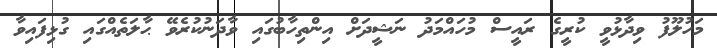
މަހުލޫފު ވިދާޅުވީ ކުރީގެ ރައީސް މުހައްމަދު ނަޝީދަށް އިންތިހާބުގައި ވާދަނުކުރެވޭ ޙާލަތެއްގައި ގުޅިފައިވާ